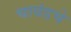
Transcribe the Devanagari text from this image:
चावंडचे